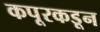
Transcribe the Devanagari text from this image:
कपूरकडून